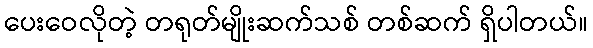
ပေးဝေလိုတဲ့ တရုတ်မျိုးဆက်သစ် တစ်ဆက် ရှိပါတယ်။